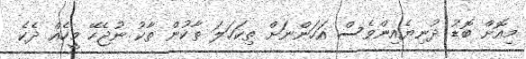
މިއޮށް ބޮޑު ދުނިޔެއިންވެސް އަހަންނަށް ތިކަހަލަ ތާކުން ތާކު ނުޖެހޭ މީހެއް ދެކެ